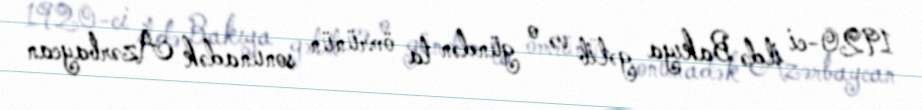
1920-ci ildə Bakıya gəlib və o gündən ta ömrünün sonunadək Azərbaycan